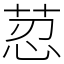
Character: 荵